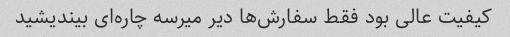
کیفیت عالی بود فقط سفارش‌ها دیر میرسه چاره‌ای بیندیشید